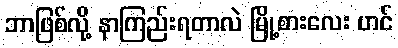
ဘာဖြစ်လို့ နာကြည်းရတာလဲ မြို့စားလေး ဟင်